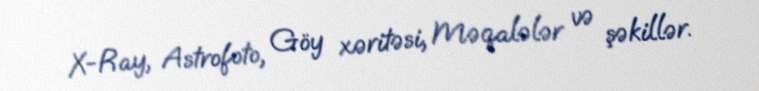
X-Ray, Astrofoto, Göy xəritəsi, Məqalələr və şəkillər.